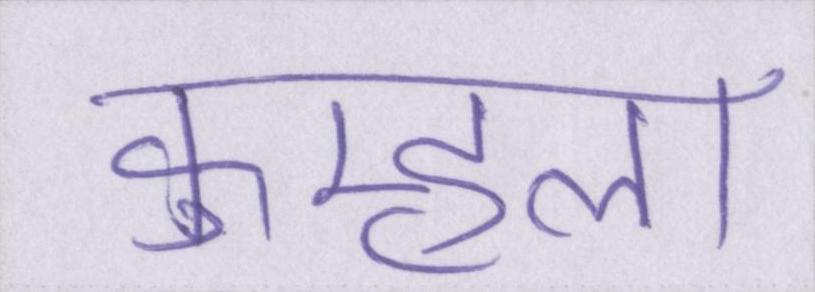
कुम्हला